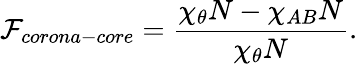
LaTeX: \mathcal{F}_{corona-core}=\frac{\chi_{\theta}N-\chi_{AB}N}{\chi_{\theta}N}.